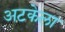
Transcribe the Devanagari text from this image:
अटकेला